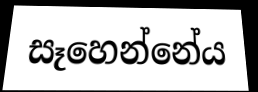
සෑහෙන්නේය